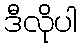
ဒီလိုပါ